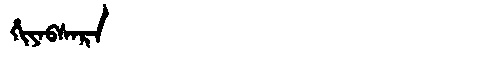
Manchu: ᡥᡳᠶᠠᠪᠰᠠᡵᠠ
Romanization: HIYABSARA